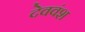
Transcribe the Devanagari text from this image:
देववंश